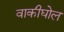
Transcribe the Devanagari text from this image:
वाकीघोल